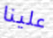
علينا